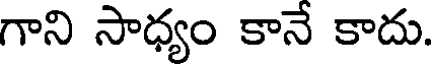
గాని సాధ్యం కానే కాదు.